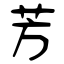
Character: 芳